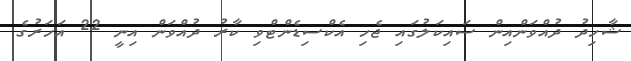
ޝާހިދު ދުއްވަންއިން ސައިކަލުގައި ޖެހި އެކްސިޑެންޓްވި ކާރު ދުއްވަން އިނީ 22 އަހަރުގެ